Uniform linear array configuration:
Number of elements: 32
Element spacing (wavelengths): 0.25
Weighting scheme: kaiser
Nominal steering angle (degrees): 0
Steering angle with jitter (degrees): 1.507
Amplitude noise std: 0.05
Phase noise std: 0.05

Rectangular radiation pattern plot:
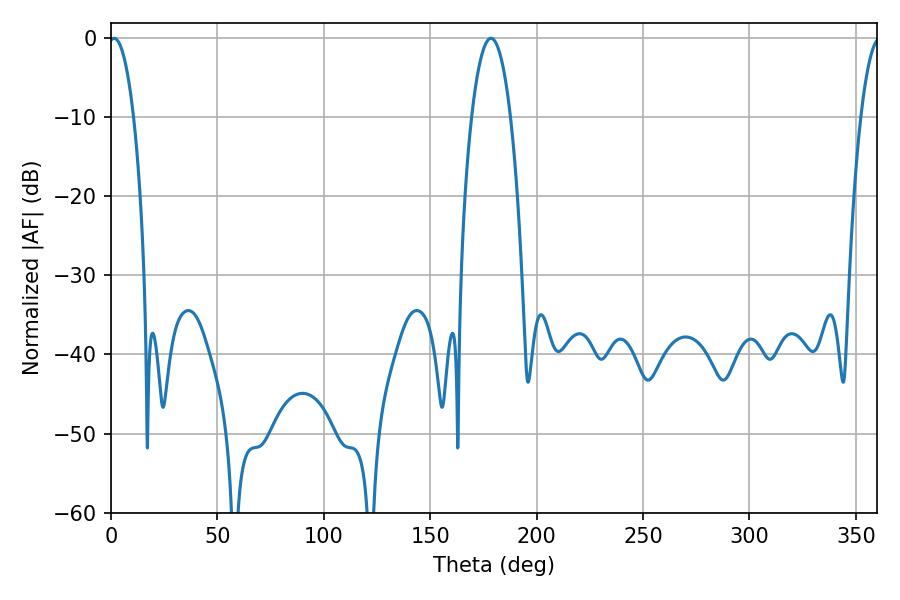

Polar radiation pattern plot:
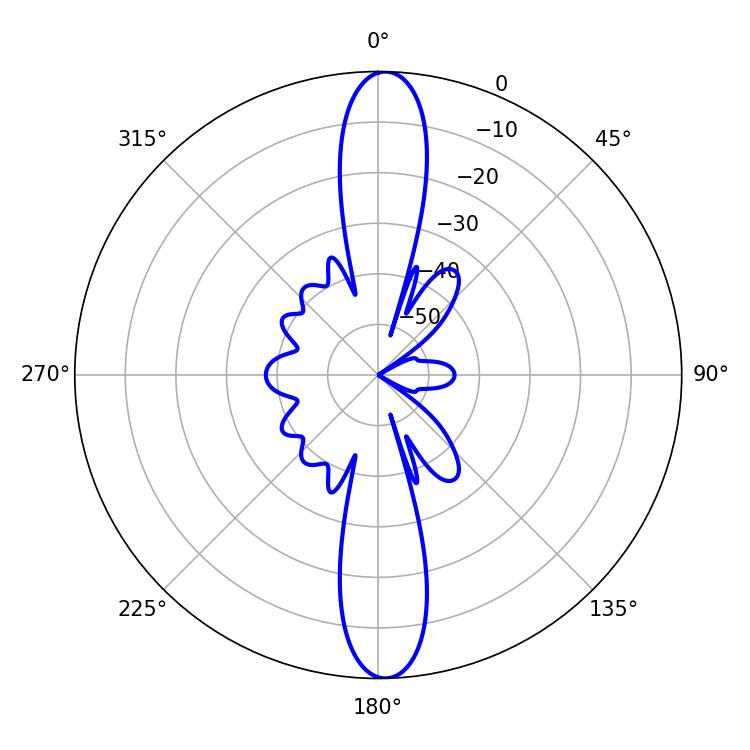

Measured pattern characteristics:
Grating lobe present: FALSE
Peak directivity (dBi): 23.275
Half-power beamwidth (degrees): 6.48
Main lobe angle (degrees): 1.44